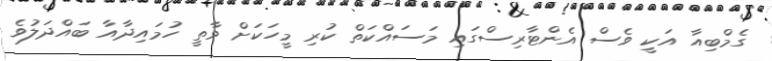
ގެމްބިއާ އަކީ ވެސް އެންޓާރިސްގައި މަސައްކަތް ކުރި މީހަކަށް ވާތީ ހުމައިދާއާ ބައްދަލުވެ